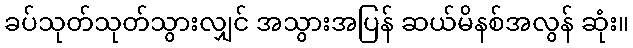
ခပ်သုတ်သုတ်သွားလျှင် အသွားအပြန် ဆယ်မိနစ်အလွန် ဆုံး။